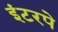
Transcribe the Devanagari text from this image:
इंटरपे